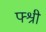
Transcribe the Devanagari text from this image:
फ्श्री